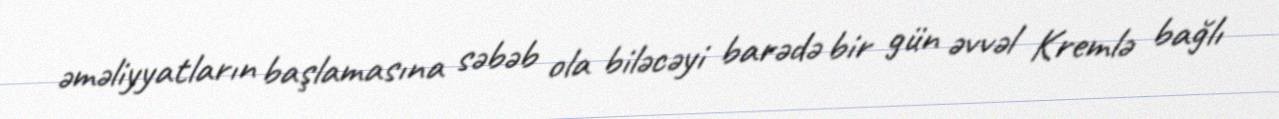
əməliyyatların başlamasına səbəb ola biləcəyi barədə bir gün əvvəl Kremlə bağlı